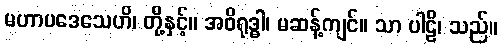
မဟာပဒေသေဟိ၊ တို့နှင့်။ အဝိရုဒ္ဓါ၊ မဆန့်ကျင်။ သာ ပါဠိ၊ သည်။